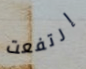
إرتفعت